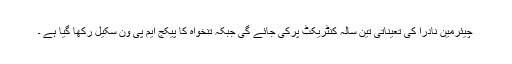
چیئرمین نادرا کی تعیناتی تین سالہ کنٹریکٹ پرکی جائے گی جبکہ تنخواہ کا پیکج ایم پی ون سکیل رکھا گیا ہے ۔